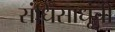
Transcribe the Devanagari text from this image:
संधिसाधूंची